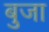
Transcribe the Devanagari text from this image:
बुजा